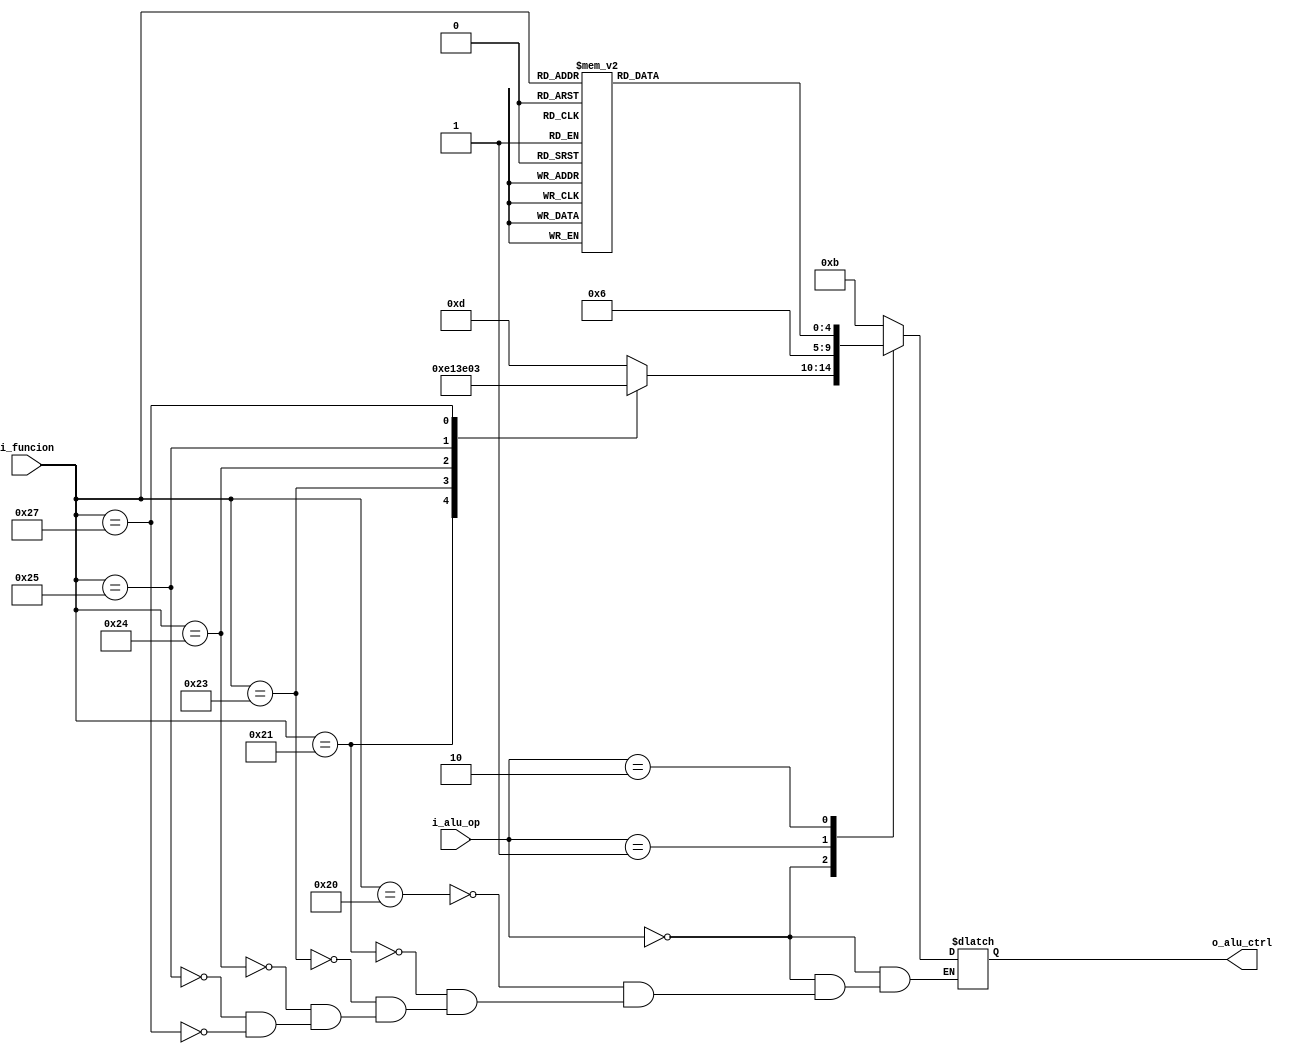
module alu_ctrl#(
	//Parameters
	parameter		N_BITS          = 6,
	parameter		N_BITS_CTRL		= 5
)
(
	//inputs
	input wire  [N_BITS-1:0]	  i_funcion,
	input wire  [N_BITS_CTRL-3:0] i_alu_op,
	
	//output
	output reg  [N_BITS_CTRL-1:0] o_alu_ctrl
);

    always@(*) begin:alu
		case(i_alu_op)
		2'b00: 
		begin
		  case(i_funcion)
		  6'b100000: //lb
		      o_alu_ctrl = 5'b01101;
		  6'b100001: //lh
		      o_alu_ctrl = 5'b01110;
		  6'b100011: //lw
		      o_alu_ctrl = 5'b00010;
		  6'b100100: //lbu
		      o_alu_ctrl = 5'b01111;
		  6'b100101: //lhu
		      o_alu_ctrl = 5'b10000;
		  6'b100111: //lwu
		      o_alu_ctrl = 5'b00011;
		  endcase
		end
		
		2'b01: o_alu_ctrl = 4'b0110;
		
		2'b10:
		begin
			case(i_funcion)
			6'b100100: o_alu_ctrl = 5'b00000; //and
			6'b100101: o_alu_ctrl = 5'b00001; //or
			6'b001000: o_alu_ctrl = 5'b00010; //addi
			6'b100001: o_alu_ctrl = 5'b00011; //addu			
			6'b100111: o_alu_ctrl = 5'b00100; //nor
			6'b100110: o_alu_ctrl = 5'b00101; //xor
			6'b000000: o_alu_ctrl = 5'b00110; //sll
			6'b000100: o_alu_ctrl = 5'b10010; //sllv
			6'b100010: o_alu_ctrl = 5'b00111; //sub
			6'b100011: o_alu_ctrl = 5'b01000; //subu
			6'b101010: o_alu_ctrl = 5'b01001; //slt
			6'b000010: o_alu_ctrl = 5'b01010; //srl
			6'b000110: o_alu_ctrl = 5'b10011; //srlv
			6'b000011: o_alu_ctrl = 5'b01011; //sra
			6'b000111: o_alu_ctrl = 5'b010001; //srav
			6'b001111: o_alu_ctrl = 5'b01100; //LUI
			default:   o_alu_ctrl = 5'b01101; //invalid
			endcase
		end
		default: o_alu_ctrl = 5'b1011; //invalid
        endcase
    end
endmodule